Civil Veterinary Department Bihar reports 1936-40 - 1936-1940
Year: 1936
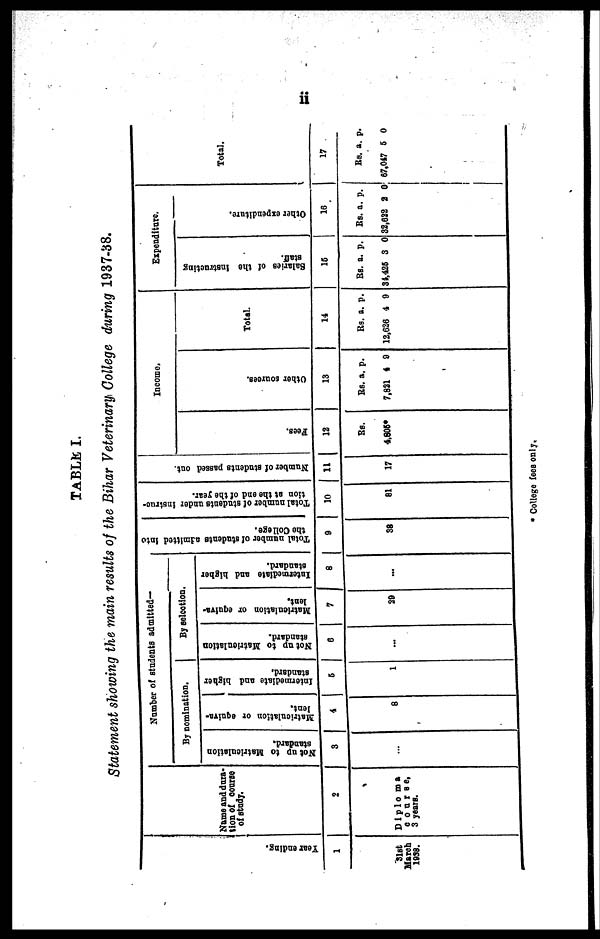
11
TABLE I.
Statement showing the main results of the Bihar Veterinary College during 1937-38.
Year ending.
1
31st
March
1938.
Name and dura-
tion of course
of study.
2
Diploma
course.
3 years.
Number of students admitted-
By nomination.
Not up to Matriculation
standard.
3
...
Matriculation or equiva-
lent.
4
8
Intermediate and higher
standard,
5
1
By selection.
Not up to Matriculation
standard.
6
...
Matriculation or equiva-
lent.
7
29
Intermediate and higher
standard.
8
...
Total number of students admitted into
the College.
9
38
Total number of students under instruc-
tion at the end of the year.
10
81
Number of students passed out.
11
17
Income.
Fees.
12
Rs.
4,805*
Other sources.
13
Rs.
7,821
a.
4
p.
9
Total.
14
Rs.
12,626
a.
4
p.
9
Expenditure.
Sal ar i
es of t
he i
ns t
r uct i
ng
staff.
15
Rs.
31,425
a.
3
p.
0
Other expenditure.
16
Rs.
32,622
a.
2
p.
0
Total.
17
Rs.
67,047
a.
5
p.
0
+* College fees only.